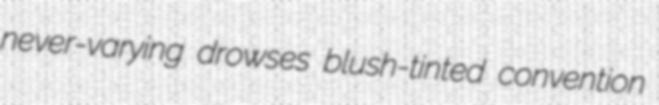
never-varying drowses blush-tinted convention